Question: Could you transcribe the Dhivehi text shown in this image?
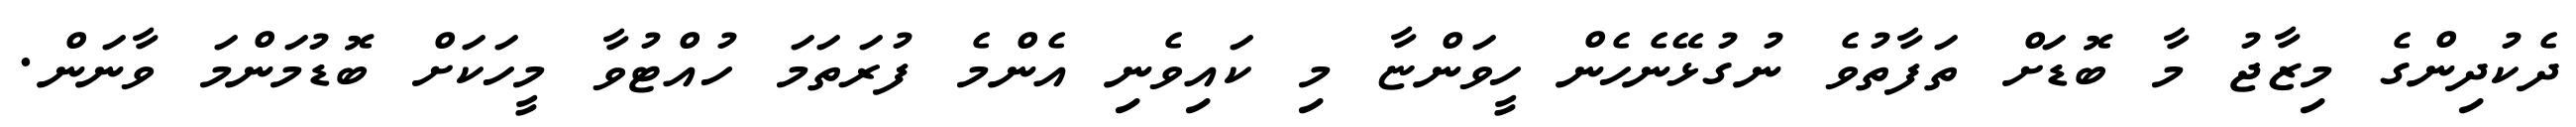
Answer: ދެކުދިންގެ މިޒާޖު މާ ބޮޑަށް ތަފާތުވެ ނުގުޅޭނެހެން ހީވަންޏާ މި ކައިވެނި އެންމެ ފުރަތަމަ ހުއްޓުވާ މީހަކަށް ބޮޑުމަންމަ ވާނަން.